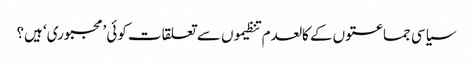
سیاسی جماعتوں کے کالعدم تنظیموں سے تعلقات کوئی ’مجبوری‘ ہیں؟